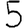
Digit: 5